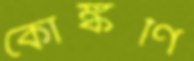
কোঙ্কণি